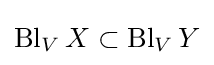
\operatorname {Bl} _{V}X\subset \operatorname {Bl} _{V}Y